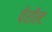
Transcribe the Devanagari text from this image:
पेरॉल्ट